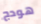
هودج